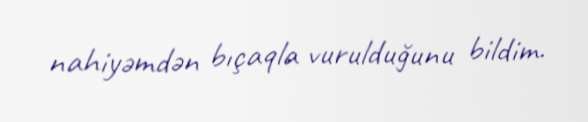
nahiyəmdən bıçaqla vurulduğunu bildim.